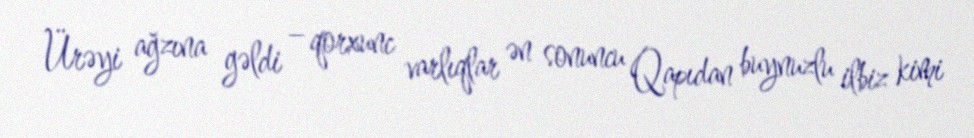
Ürəyi ağzına gəldi – qorxunc varlıqlar ən sonuncu Qapıdan buynuzlu ilbiz kimi